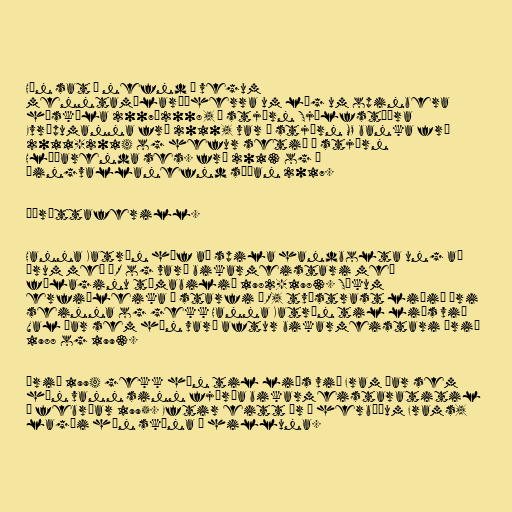
Hún sat í nefnd á vegum
menntamálaráðherra um lög um opinbera
háskóla 2007–2008, í stjórn Sjálfstæðra
Evrópumanna frá 2010, var í stjórn MP banka frá
2011-2014 og hefur setið í stjórn
Hlíðarenda ses. frá 2013 og í
Þingvallanefnd síðan 2017.

Íþróttaferill.

Hanna Katrín hóf að spila handbolta ung að
árum með ÍR og varð bikarmeistari með
félaginu tímabilið 1982-1983. Sökum
erfiðleika í starfi ÍR, tvístrast liðið ári
seinna og gekk Hanna Katrín til liðs við
Val þar sem hún varð aftur bikarmeistari árið
1988 og 1993.

Árið 1994 gekk hún til liðs við Fram þar sem
hún vann sinn fjórða bikarmeistaratitil
í febrúar 1995. Eftir eitt ár í herbúðum Frams,
lagði hún skóna á hilluna.